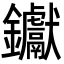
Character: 钀